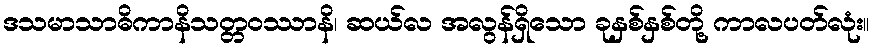
ဒသမာသာဓိကာနိသတ္တဝဿာနိ၊ ဆယ်လ အလွန်ရှိသော ခုနှစ်နှစ်တို့ ကာလပတ်လုံး။